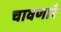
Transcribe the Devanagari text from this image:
चावणारे